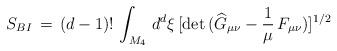
LaTeX: \begin{align*}S_{BI} \, = \, (d-1)! \, \int_{M_4} \, d^d\xi \, [\mbox{det} \, (\widehat{G}_{\mu \nu} - \frac{1}{\mu} \, F_{\mu \nu}) ] ^{1/2}\end{align*}